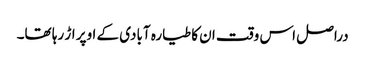
دراصل اس وقت ان کا طیارہ آبادی کے اوپر اڑ رہا تھا۔